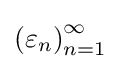
\left(\varepsilon _{n}\right)_{n=1}^{\infty }